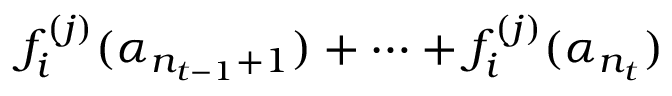
f _ { i } ^ { ( j ) } ( \alpha _ { n _ { t - 1 } + 1 } ) + \cdots + f _ { i } ^ { ( j ) } ( \alpha _ { n _ { t } } )